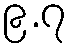
၉.၇